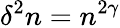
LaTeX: \delta^{2}n=n^{2\gamma}